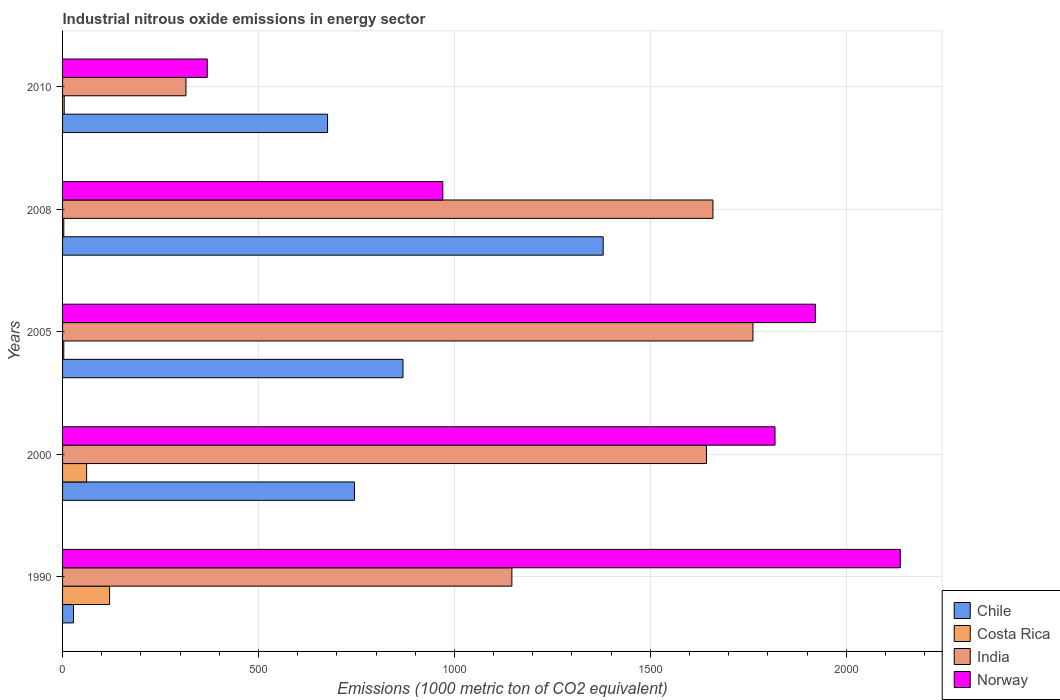
| Years | Chile | Costa Rica | India | Norway |
 | --- | --- | --- | --- | --- |
 | 1990 | 27.9 | 120 | 1.15e+03 | 2.14e+03 |
 | 2000 | 745 | 61.4 | 1.64e+03 | 1.82e+03 |
 | 2005 | 869 | 3.1 | 1.76e+03 | 1.92e+03 |
 | 2008 | 1.38e+03 | 3.1 | 1.66e+03 | 970 |
 | 2010 | 676 | 4.2 | 315 | 369 |